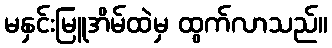
မနှင်းမြူအိမ်ထဲမှ ထွက်လာသည်။